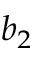
b _ { 2 }